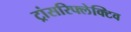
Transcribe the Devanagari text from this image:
ट्रांसरिफ्लेक्टिव